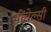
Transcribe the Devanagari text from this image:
थींचेल्सी